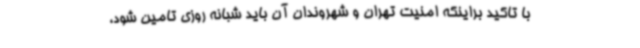
با تاکید براینکه امنیت تهران و شهروندان آن باید شبانه روزی تامین شود،